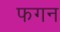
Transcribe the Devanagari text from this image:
फगन